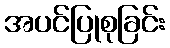
အပင်ပြုစုခြင်း